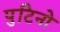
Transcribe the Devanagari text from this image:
पुटिनो